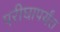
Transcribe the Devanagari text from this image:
परीघापर्यंत